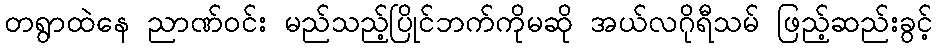
တရွာထဲနေ ညာဏ်ဝင်း မည်သည့်ပြိုင်ဘက်ကိုမဆို အယ်လဂိုရီသမ် ဖြည့်ဆည်းခွင့်